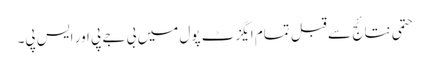
حتمی نتائج سے قبل تمام ایگزٹ پول میں بی جے پی اور ایس پی۔